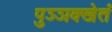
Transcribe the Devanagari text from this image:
पुञ्ञक्खेतं